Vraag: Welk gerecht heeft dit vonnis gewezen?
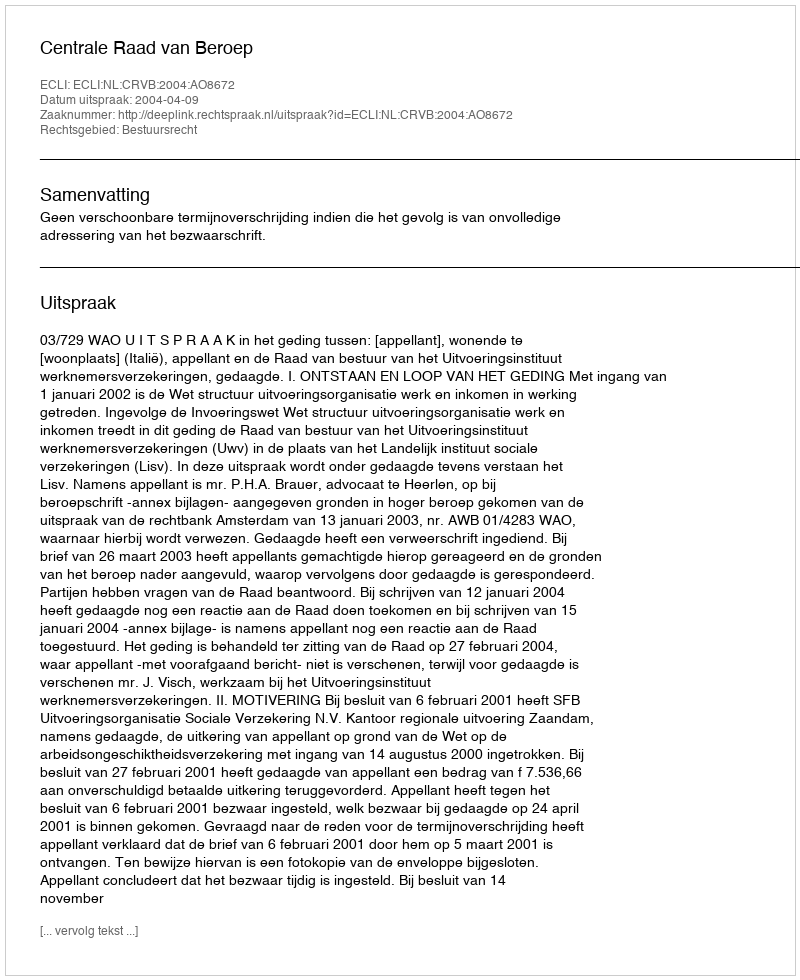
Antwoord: Centrale Raad van Beroep